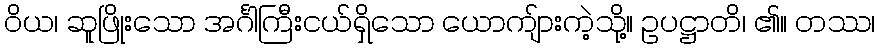
ဝိယ၊ ဆူဖြိုးသော အင်္ဂါကြီးငယ်ရှိသော ယောကျ်ားကဲ့သို့။ ဥပဋ္ဌာတိ၊ ၏။ တဿ၊